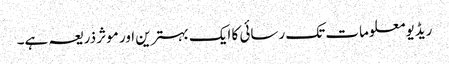
ریڈیو معلومات تک رسائی کا ایک بہترین اور موثر ذریعہ ہے۔